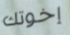
إخوتك